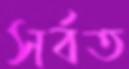
সর্বত